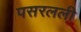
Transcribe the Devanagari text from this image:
पसरलली